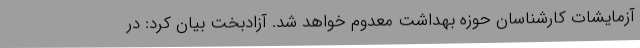
آزمایشات کارشناسان حوزه بهداشت معدوم خواهد شد. آزادبخت بیان کرد: در